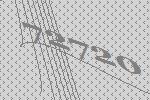
72720